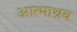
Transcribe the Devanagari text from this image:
आत्माश्रय